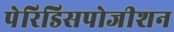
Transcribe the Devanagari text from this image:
पेरिडिसपोजीशन